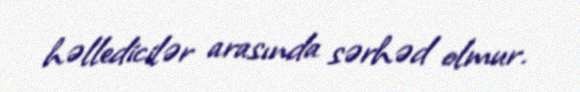
həlledicilər arasında sərhəd olmur.